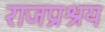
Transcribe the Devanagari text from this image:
राजप्रश्रय